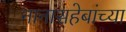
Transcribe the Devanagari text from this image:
नानासहेबांच्या